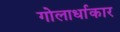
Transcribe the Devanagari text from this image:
गोलार्धाकार